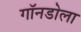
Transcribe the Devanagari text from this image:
गॉनडोला